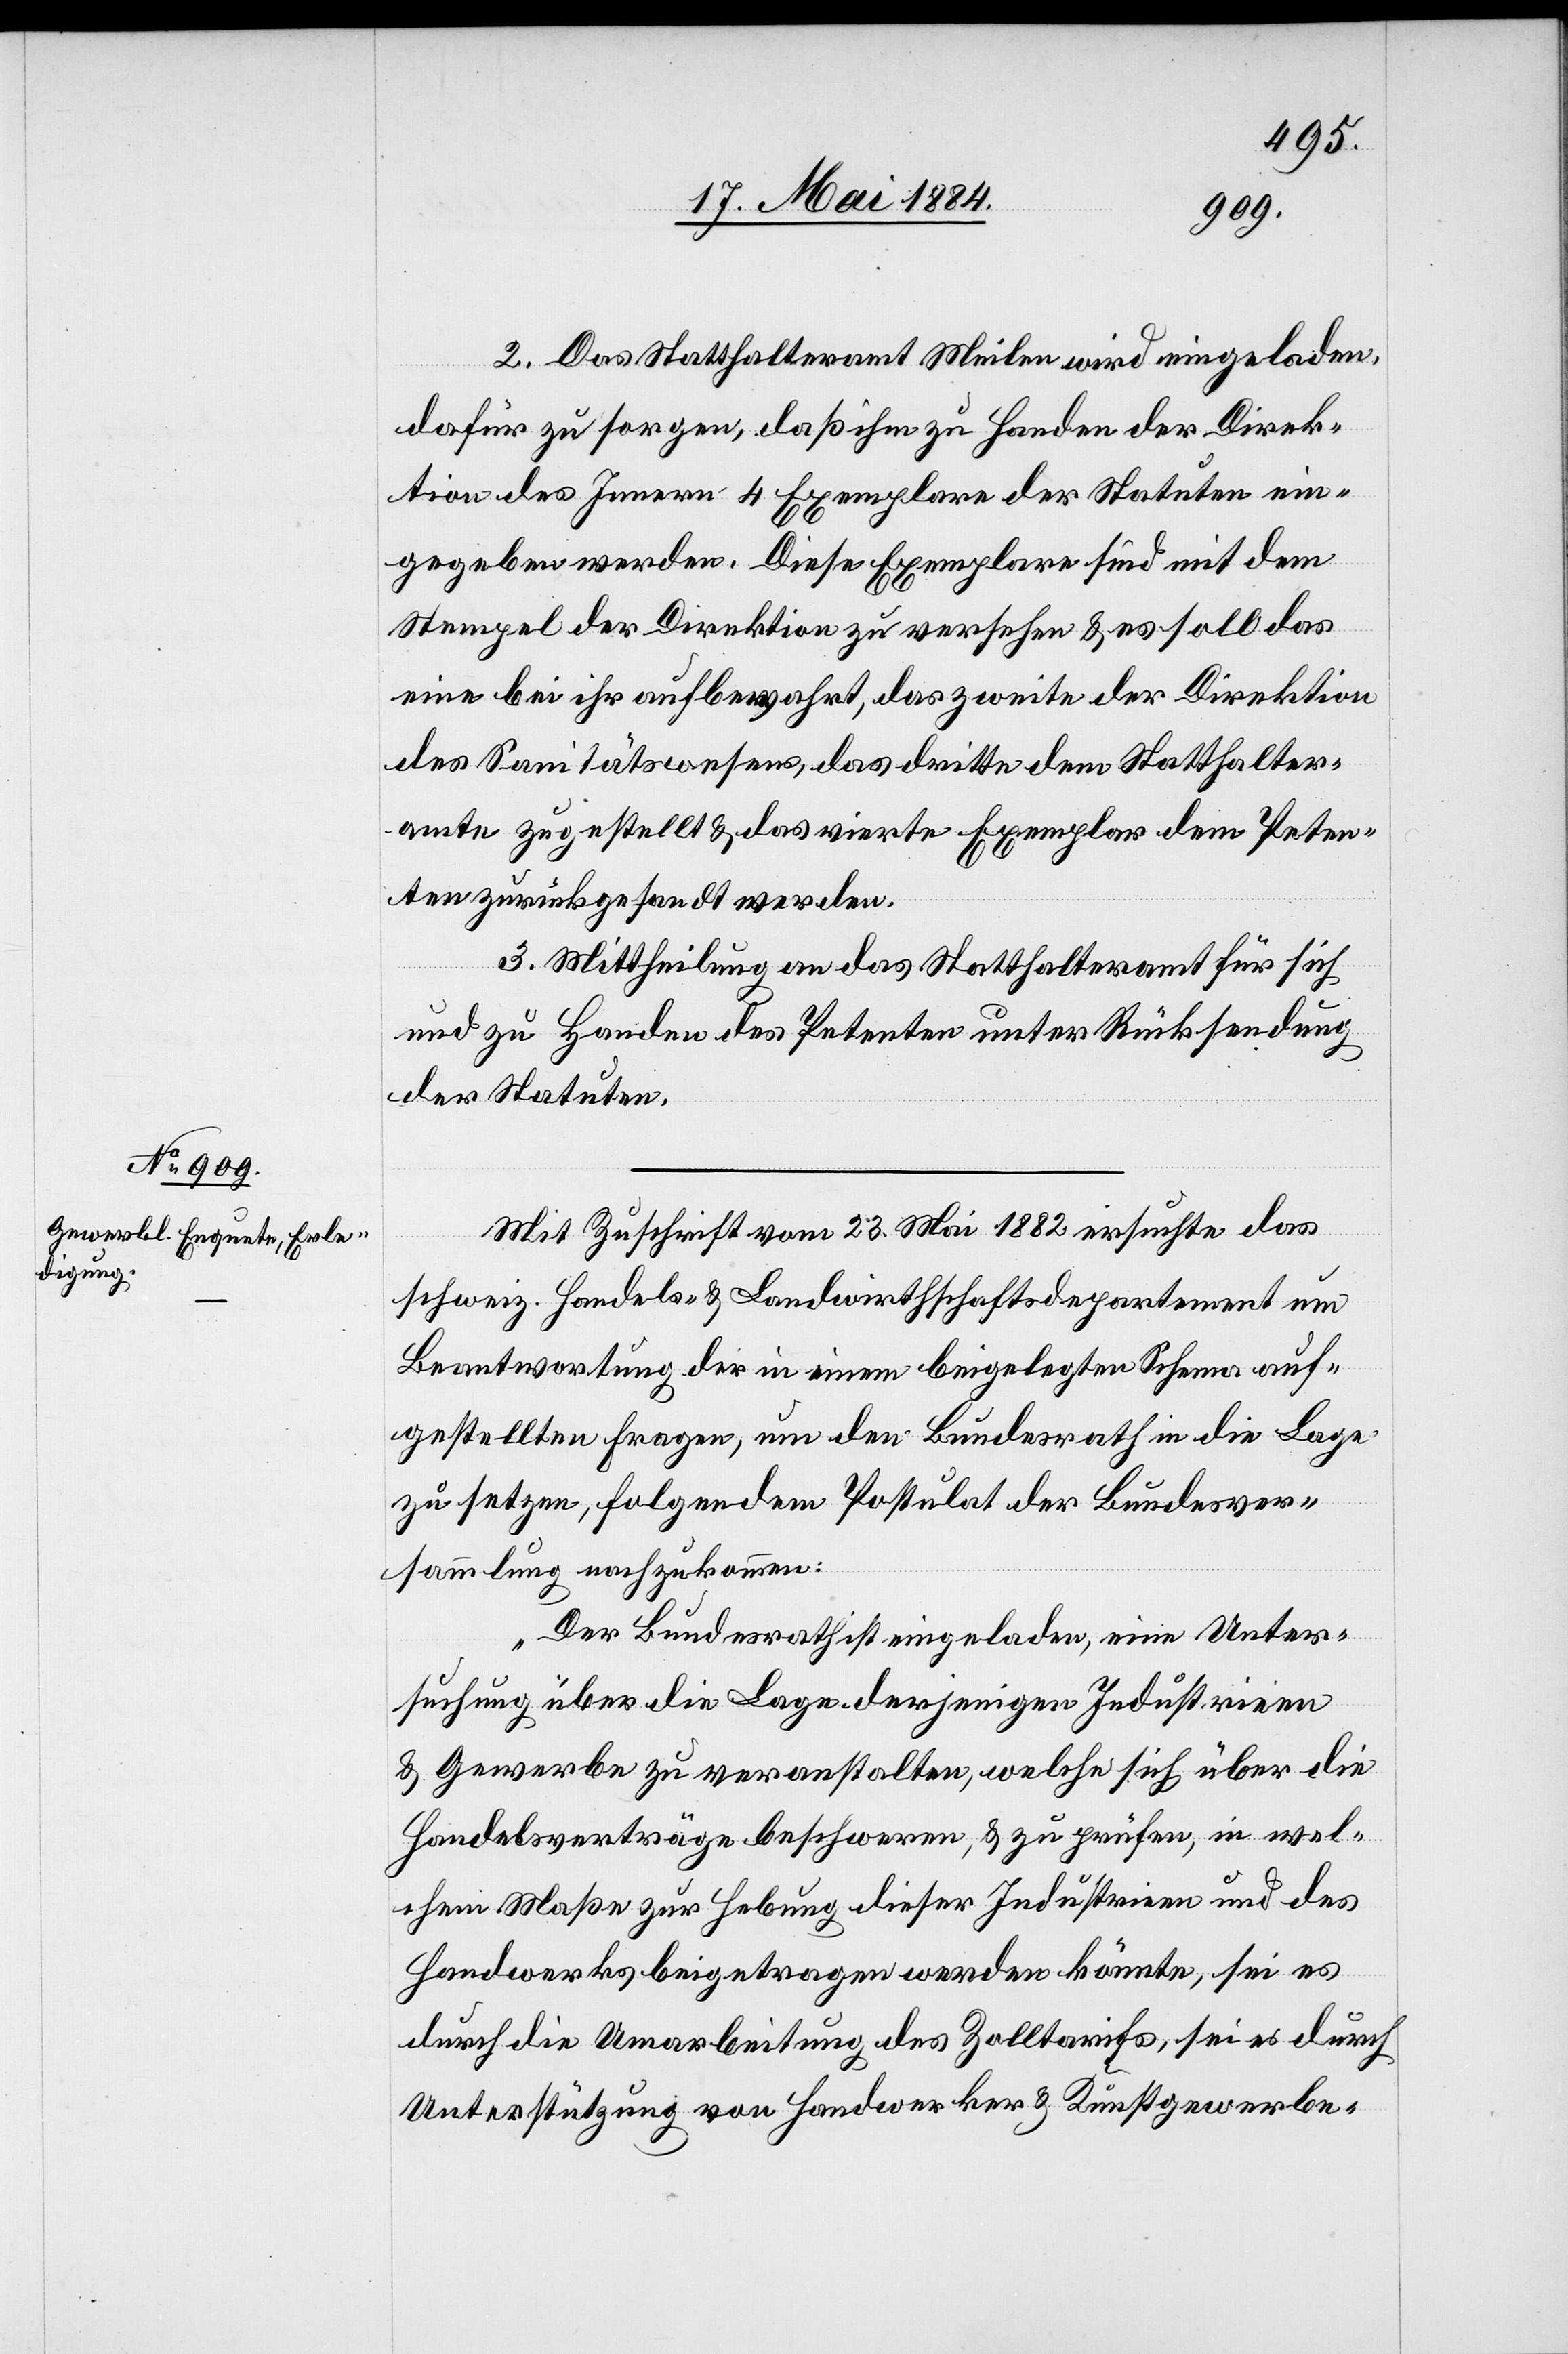
2. Das Statthalteramt Meilen wird eingeladen,
dafür zu sorgen, daß ihm zu Handen der Direk¬
tion des Innern 4 Exemplare der Statuten ein¬
gegeben werden. Diese Exemplare sind mit dem
Stempel der Direktion zu versehen & es soll das
eine bei ihr aufbewahrt, das zweite der Direktion
des Sanitätswesens, das dritte dem Statthalter¬
amte zugestellt & das vierte Exemplar dem Peten¬
ten zurückgesandt werden.
3. Mittheilung an das Statthalteramt für sich
und zu Handen des Petenten unter Rücksendung
der Statuten.
Mit Zuschrift vom 23. Mai 1882 ersuchte das
schweiz. Handels- & Landwirthschaftsdepartement um
Beantwortung der in einem beigelegten Schema auf¬
gestellten Frage, um den Bundesrath in die Lage
zu setzen, folgendem Postulat der Bundesver¬
sammlung nachzukommen:
„Der Bundesrath ist eingeladen, eine Unter¬
suchung über die Lage derjenigen Industrien
& Gewerbe zu veranstalten, welche sich über die
Handelsverträge beschweren, & zu prüfen, in wel¬
chem Maße zu Hebung dieser Industrien und des
Handwerks beigetragen werden könnte, sei es
durch die Umarbeitung des Zolltarifs, sei es durch
Unterstützung von Handwerker & Kunstgewerbe-